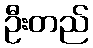
ဦးတည်